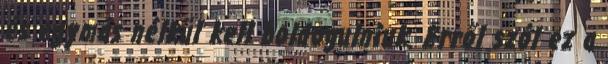
és egymás nélkül kell boldogulniuk. Erről szól ez a